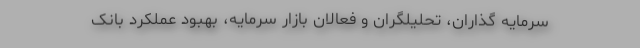
سرمایه گذاران، تحلیلگران و فعالان بازار سرمایه، بهبود عملکرد بانک